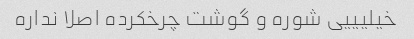
خیلیییی شوره و گوشت چرخکرده اصلا نداره